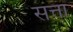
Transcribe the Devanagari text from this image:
सत्ता